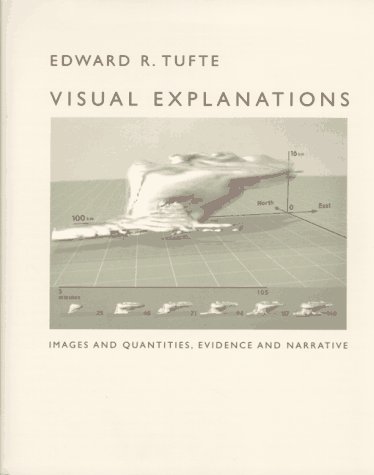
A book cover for Visual Explanations: Images and Quantities, Evidence and Narrative; Edward R. Tufte; Science & Math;